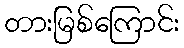
တားမြစ်ကြောင်း